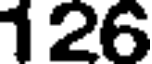
126